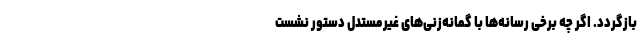
بازگردد. اگر چه برخی رسانه‌ها با گمانه‌زنی‌های غیرمستدل دستور نشست